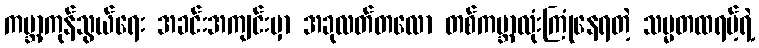
ကမ္ဘာ့ကုန်သွယ်ရေး အခင်းအကျင်းမှာ အခုလတ်တလော တစ်ကမ္ဘာလုံးကြုံနေရတဲ့ သမ္မတထရမ့်ရဲ့